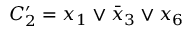
C _ { 2 } ^ { \prime } = x _ { 1 } \vee \bar { x } _ { 3 } \vee x _ { 6 }